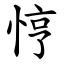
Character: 悙